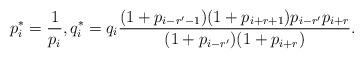
LaTeX: \begin{align*} p_i^*=\frac{1}{p_i},q_i^*=q_i\frac{(1+p_{i-r'-1})(1+p_{i+r+1})p_{i-r'}p_{i+r}}{(1+p_{i-r'})(1+p_{i+r})}.\end{align*}